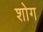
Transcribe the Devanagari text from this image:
शोग